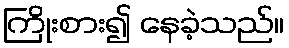
ကြိုးစား၍ နေခဲ့သည်။